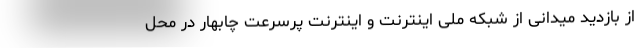
از بازدید میدانی از شبکه ملی اینترنت و اینترنت پرسرعت چابهار در محل